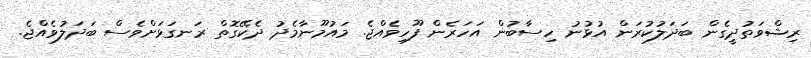
ރިޝްވަތުދީގެން ބަދަލުކުރަން އުޅުނު ހިސާބުން އަހަރެން ފޫހިވެއްޖެ. މައުމޫނާމެދު ދެކޭގޮތް ރަނގަޅަށްވެސް ބަދަލުވެއްޖެ.